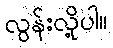
လွန်းလို့ပါ။